Lunatic asylums Punjab 1911-1921 - 1911-1921
Year: 1911
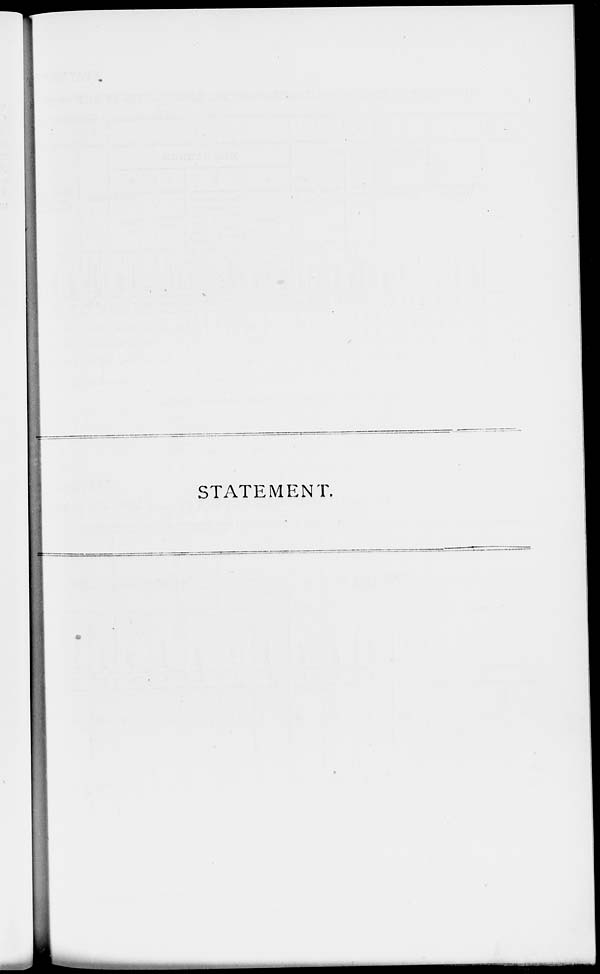
STATEMENT.